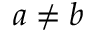
a \neq b